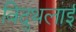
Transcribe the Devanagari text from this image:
विदुथलाई